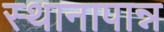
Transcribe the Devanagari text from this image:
स्थानापान्न